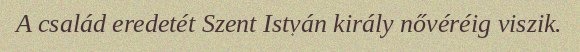
A család eredetét Szent István király nővéréig viszik.